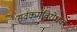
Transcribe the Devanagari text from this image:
सर्वकर्मविरोधकः